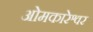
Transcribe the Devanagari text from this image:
ओमकारेश्वर